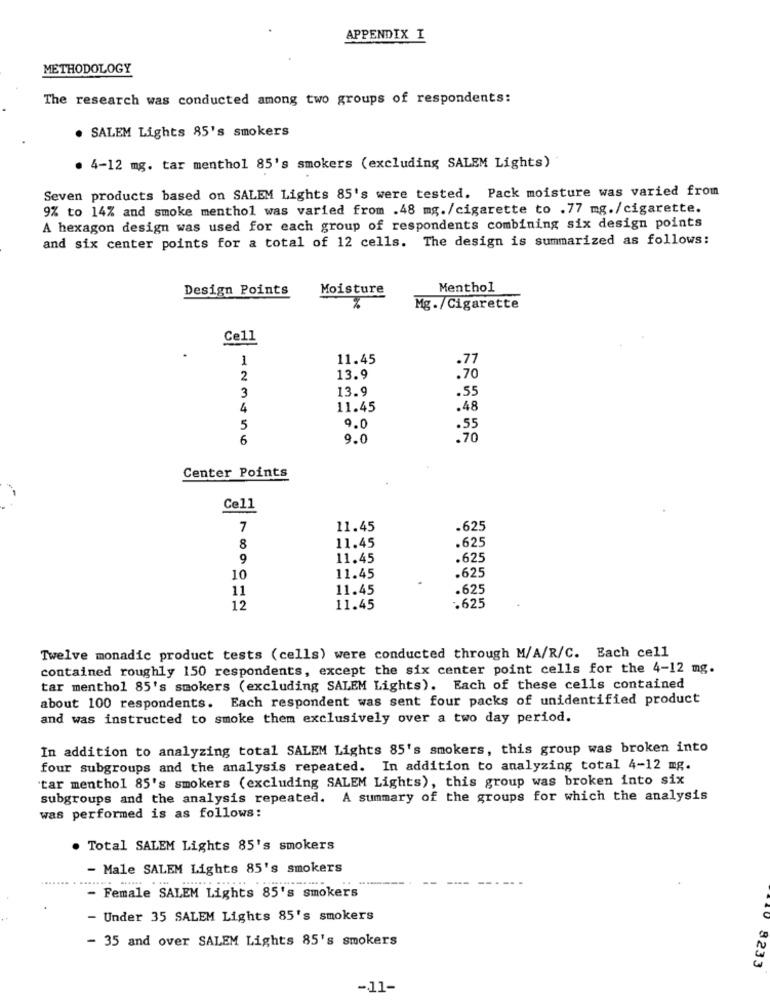
APPENDIX I
METHODOLOGY
The research was conducted among two groups of respondents:
. SALEM Lights 85's smokers
. 4-12 mg. tar menthol 85's smokers (excluding SALEM Lights)
Seven products based on SALEM Lights 85's were tested. Pack moisture was varied from
9% to 14% and smoke menthol was varied from .48 mg./cigarette to .77 mg./cigarette.
A hexagon design was used for each group of respondents combining six design points
and six center points for a total of 12 cells. The design is summarized as follows:
Design Points
Moisture
Menthol
Mg./Cigarette
Cell
1
11.45
.77
2
13.9
.70
13.9
.55
3
4
11.45
.48
9.0
5
.55
6
9.0
:70
Center Points
Cell
7
11.45
.625
.625
8
11.45
9
11.45
.625
10
11.45
.625
11
11.45
.625
12
11.45
.625
Twelve monadic product tests (cells) were conducted through M/A/R/C. Each cell
contained roughly 150 respondents, except the six center point cells for the 4-12 mg.
tar menthol 85's smokers (excluding SALEM Lights). Each of these cells contained
about 100 respondents. Each respondent was sent four packs of unidentified product
and was instructed to smoke them exclusively over a two day period.
In addition to analyzing total SALEM Lights 85's smokers, this group was broken into
four subgroups and the analysis repeated. In addition to analyzing total 4-12 mg.
'tar menthol 85's smokers (excluding SALEM Lights), this group was broken into six
subgroups and the analysis repeated. A summary of the groups for which the analysis
was performed is as follows:
. Total SALEM Lights 85's smokers
- Male SALEM Lights 85's smokers
----
- Female SALEM Lights 85's smokers
- Under 35 SALEM Lights 85's smokers
- 35 and over SALEM Lights 85's smokers
0 8233
-11-